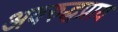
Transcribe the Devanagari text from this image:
अवरुद्धप्राय